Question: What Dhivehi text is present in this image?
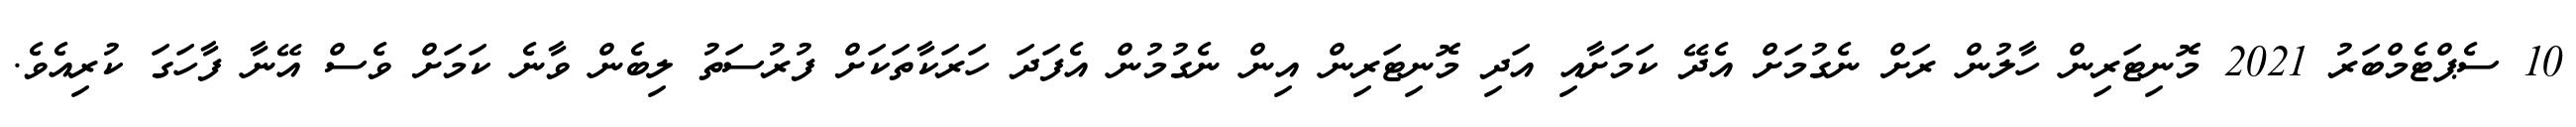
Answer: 10 ސެޕްޓެމްބަރު 2021 މޮނިޓަރިން ހާލުން ރަށް ނެގުމަށް އެދޭ ކަމަށާއި އަދި މޮނިޓަރިން އިން ނެގުމުން އެފަދަ ހަރަކާތަކަށް ފުރުސަތު ލިބެން ވާނެ ކަމަށް ވެސް އޭނާ ފާހަގަ ކުރިއެވެ.